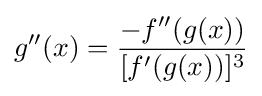
g''(x)={\frac {-f''(g(x))}{[f'(g(x))]^{3}}}